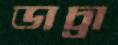
ডাচ্রা